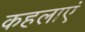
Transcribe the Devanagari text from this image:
कहलाएं